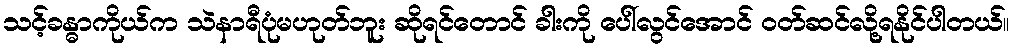
သင့်ခန္ဓာကိုယ်က သဲနာရီပုံမဟုတ်ဘူး ဆိုရင်တောင် ခါးကို ပေါ်လွင်အောင် ဝတ်ဆင်လို့ရနိုင်ပါတယ်။